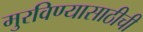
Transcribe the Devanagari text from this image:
मुरविण्यासाठीची